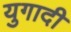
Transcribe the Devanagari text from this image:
युगादी